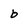
Character: b